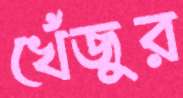
খেঁজুর